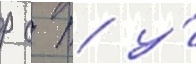
р с т у́